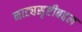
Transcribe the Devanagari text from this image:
नाट्यसृष्टीबद्दल